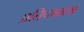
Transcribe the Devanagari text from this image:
प्रतिपाळला